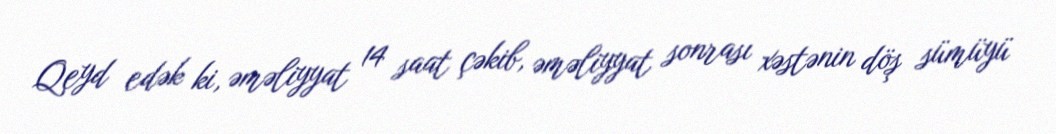
Qeyd edək ki, əməliyyat 14 saat çəkib, əməliyyat sonrası xəstənin döş sümüyü